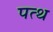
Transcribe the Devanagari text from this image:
पत्थ